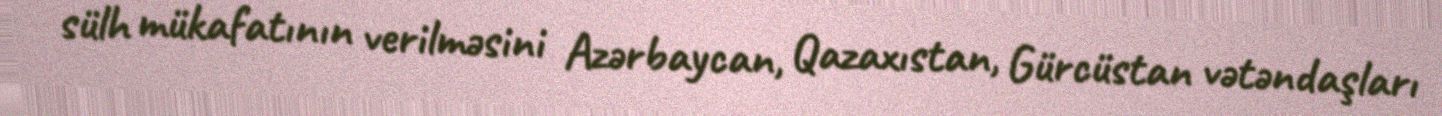
sülh mükafatının verilməsini Azərbaycan, Qazaxıstan, Gürcüstan vətəndaşları